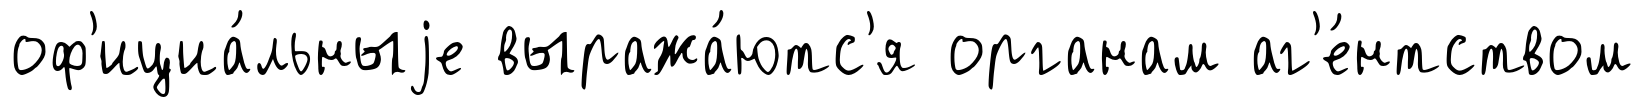
оф'ициа́льныjе выража́ютс'я органам аг'е́нтством